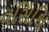
વસિથિ